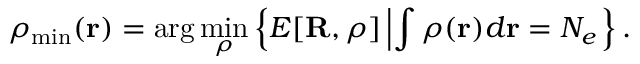
\rho _ { \mathrm { m i n } } ( { \bf r } ) = \arg \operatorname* { m i n } _ { \rho } \left\{ E [ { \bf R } , \rho ] \left\vert \int \rho ( { \bf r } ) d { \bf r } = N _ { e } \right. \right\} .